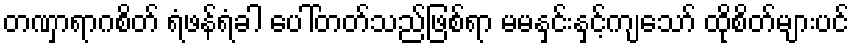
တဏှာရာဂစိတ် ရံဖန်ရံခါ ပေါ်တတ်သည်ဖြစ်ရာ မမနှင်းနှင့်ကျသော် ထိုစိတ်များပင်